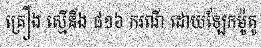
គ្រឿង ស្មើនឹង ៨១៦ ករណី ដោយឡែកម៉ូតូ